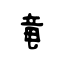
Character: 竜